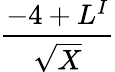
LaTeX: \frac{-4+L^{I}}{\sqrt{X}}